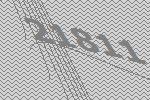
21811